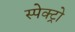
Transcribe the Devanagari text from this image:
स्पेक्ट्रो